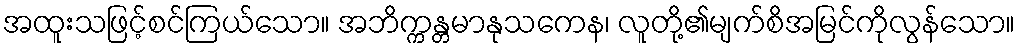
အထူးသဖြင့်စင်ကြယ်သော။ အဘိက္ကန္တမာနုသကေန၊ လူတို့၏မျက်စိအမြင်ကိုလွန်သော။